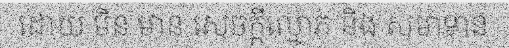
ដោយ មិន មាន សេចក្តីល្មោភ និង សមាទាន